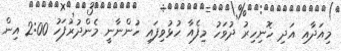
މިއަދާއި އަދި ހޮނިހިރު ދުވަހު މިފެއާ ހުޅުވިފައި ހުންނާނީ މެންދުރުފަހު 2:00 އިން